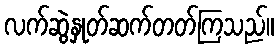
လက်ဆွဲနှုတ်ဆက်တတ်ကြသည်။